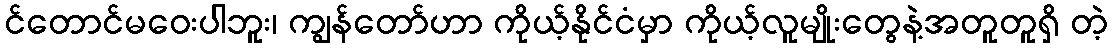
င်တောင်မဝေးပါဘူး၊ ကျွန်တော်ဟာ ကိုယ့်နိုင်ငံမှာ ကိုယ့်လူမျိုးတွေနဲ့အတူတူရှိ တဲ့